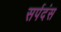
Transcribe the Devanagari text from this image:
सर्पदंस